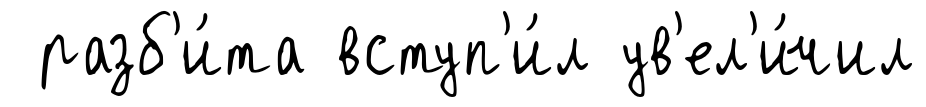
разб'и́та вступ'и́л ув'ел'и́чил